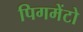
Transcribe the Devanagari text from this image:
पिगमेंटो